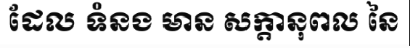
ដែល ទំនង មាន សក្តានុពល នៃ